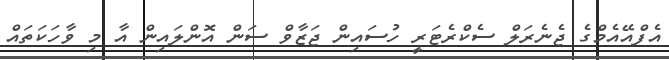
އެފްއޭއެމްގެ ޖެނެރަލް ސެކްރެޓަރީ ހުސައިން ޖަޒާވް ސަން އޮންލައިން އާ މި ވާހަކަތައް